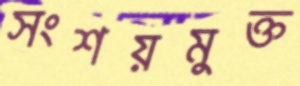
সংশয়মুক্ত